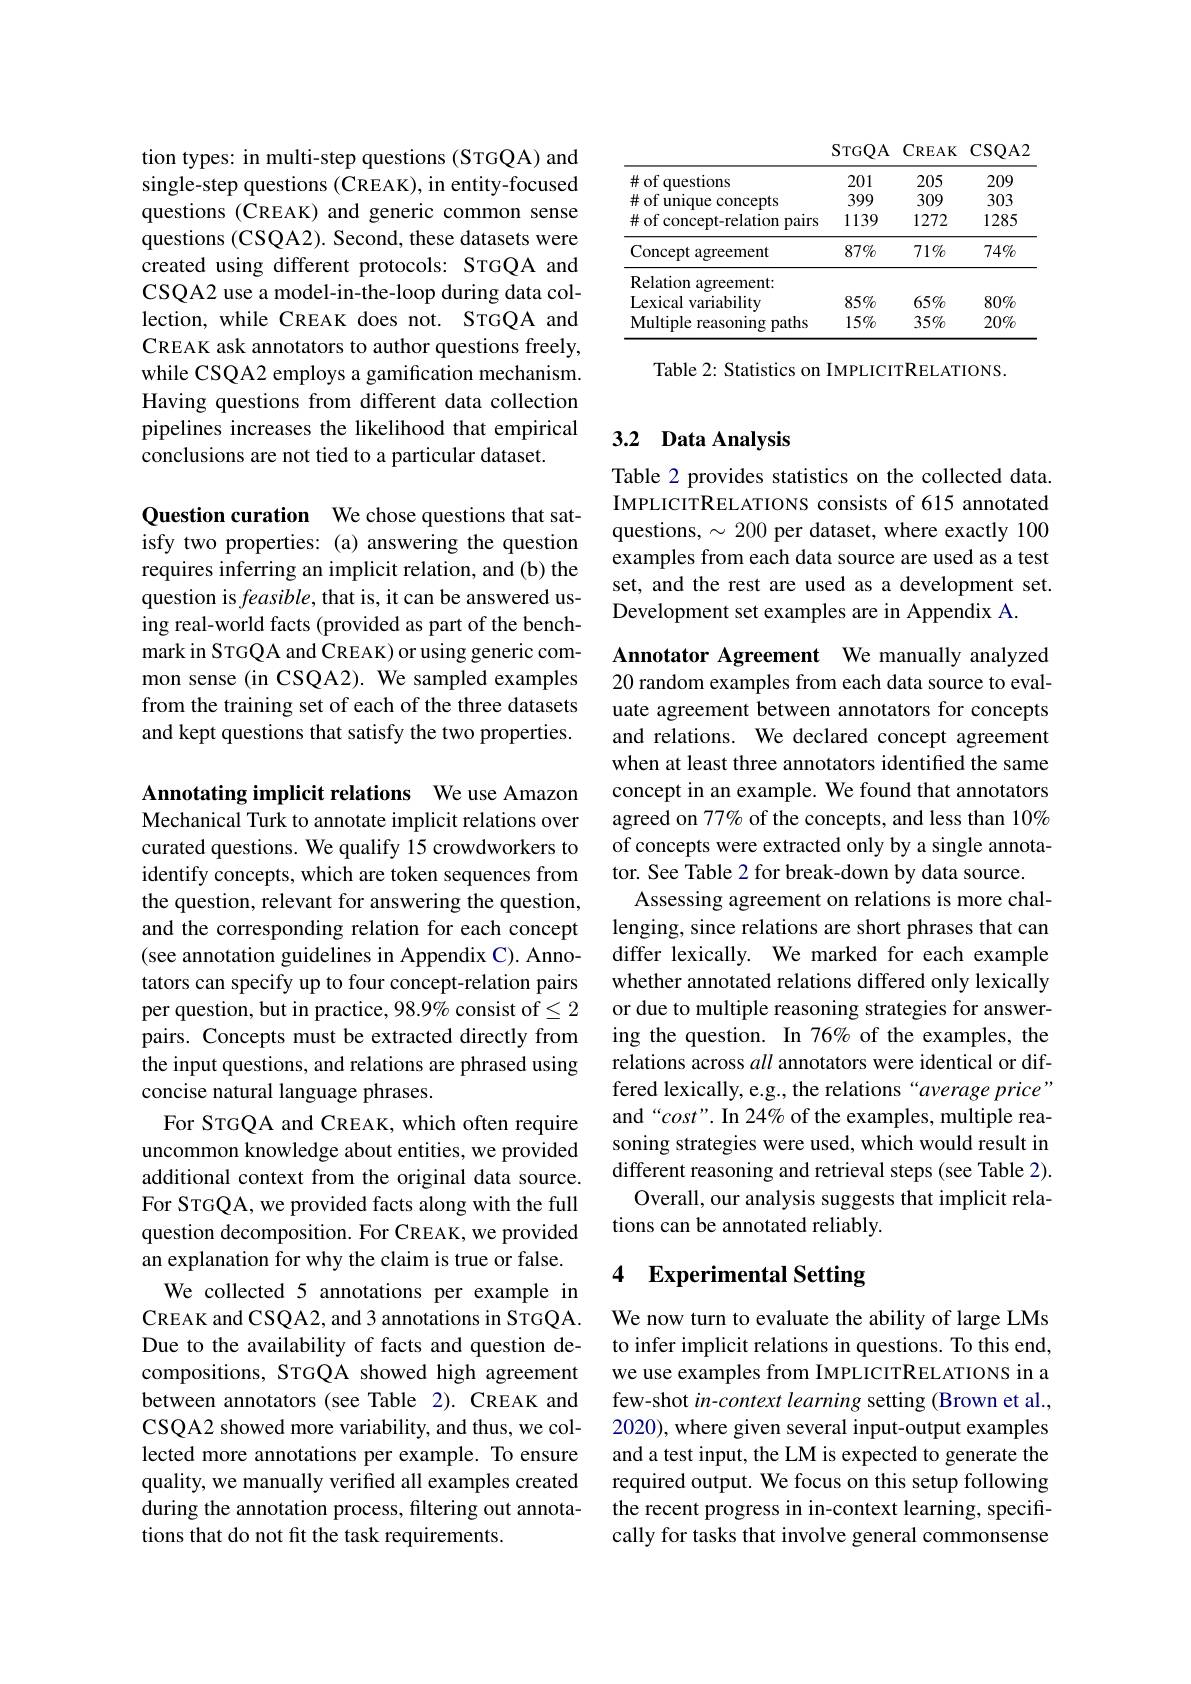
tion types: in multi-step questions (STGQA) and single-step questions (CREAK), in entity-focused questions (CREAK) and generic common sense questions (CSQA2). Second, these datasets were created using different protocols: STGQA and CSQA2 use a model-in-the-loop during data collection, while CREAK does not. STGQA and CREAK ask annotators to author questions freely, while CSQA2 employs a gamification mechanism. Having questions from different data collection pipelines increases the likelihood that empirical conclusions are not tied to a particular dataset.

Question curation We chose questions that satisfy two properties: (a) answering the question requires inferring an implicit relation, and (b) the question is $feasible$, that is, it can be answered using real-world facts (provided as part of the benchmark in STGQA and CREAK) or using generic common sense (in CSQA2). We sampled examples from the training set of each of the three datasets and kept questions that satisfy the two properties.

Annotating implicit relations We use Amazon Mechanical Turk to annotate implicit relations over curated questions. We qualify 15 crowdworkers to identify concepts, which are token sequences from the question, relevant for answering the question, and the corresponding relation for each concept (see annotation guidelines in Appendix C). Annotators can specify up to four concept-relation pairs per question, but in practice, 98.9% consist of$\leq2$ pairs. Concepts must be extracted directly from the input questions, and relations are phrased using concise natural language phrases.
For STGQA and CREAK, which often require uncommon knowledge about entities, we provided additional context from the original data source. For STGQA, we provided facts along with the full question decomposition. For CREAK, we provided an explanation for why the claim is true or false. We collected 5 annotations per example in CREAK and CSQA2, and 3 annotations in STGQA. Due to the availability of facts and question decompositions, STGQA showed high agreement between annotators (see Table 2). CREAK and CSQA2 showed more variability, and thus, we collected more annotations per example. To ensure quality, we manually verifed all examples created during the annotation process, filtering out annotations that do not fit the task requirements.

STGQA CREAK CSQA2

<table>
	<tbody>
		<tr>
			<td>$\#$ of questions</td>
			<td>201</td>
			<td>205</td>
			<td>209</td>
		</tr>
		<tr>
			<td>$\#$of unique ${\mathrm{concepts}}$</td>
			<td>399</td>
			<td>309</td>
			<td>303</td>
		</tr>
		<tr>
			<td>$\#$ of concept-relation pairs</td>
			<td>1139</td>
			<td>1272</td>
			<td>1285</td>
		</tr>
		<tr>
			<td>Concept agreement</td>
			<td>$87\%$</td>
			<td>$71\%$</td>
			<td>$74\%$</td>
		</tr>
		<tr>
			<td>Relation agreement: </td>
			<td> </td>
			<td> </td>
			<td> </td>
		</tr>
		<tr>
			<td>Lexical variability</td>
			<td>$85\%$</td>
			<td>$65\%$</td>
			<td>$80\%$</td>
		</tr>
		<tr>
			<td>Multiple p reasoning paths</td>
			<td>$15\%$</td>
			<td>$35\%$</td>
			<td>$20\%$</td>
		</tr>
	</tbody>
</table>

Table 2: Statistics on IMPLICITRELATIONS.

## 3.2 Data Analysis

Table 2 provides statistics on the collected data IMPLICITRELATIONS consists of 615 annotated questions, $\sim200$ per dataset, where exactly 100 examples from each data source are used as a test set, and the rest are used as a development set. Development set examples are in Appendix A

Annotator Agreement We manually analyzed 20 random examples from each data source to evaluate agreement between annotators for concepts and relations. We declared concept agreement when at least three annotators identiffed the same concept in an example. We found that annotators agreed on 77% of the concepts, and less than 10% of concepts were extracted only by a single annotator. See Table 2 for break-down by data source
Assessing agreement on relations is more challenging, since relations are short phrases that can differ lexically. We marked for each example whether annotated relations differed only lexically or due to multiple reasoning strategies for answering the question. In 76% of the examples, the relations across all annotators were identical or differed lexically, e.g., the relations“average price” and“cost”. In 24% of the examples, multiple reasoning strategies were used, which would result in different reasoning and retrieval steps (see Table 2).
Overall, our analysis suggests that implicit rela-
tions can be annotated reliably.

# 4 Experimental Setting

We now turn to evaluate the ability of large LMs to infer implicit relations in questions. To this end, we use examples from IMPLICITRELATIONS in a few-shot in-context learning setting (Brown et al., 2020), where given several input-output examples and a test input, the LM is expected to generate the required output. We focus on this setup following the recent progress in in-context learning, specifically for tasks that involve general commonsense